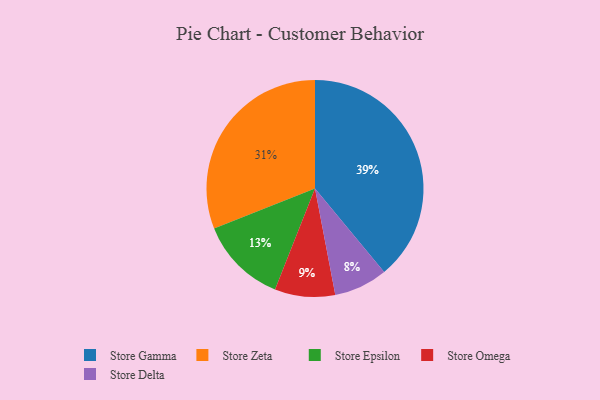
{"axis": {"x": "Category", "y": "Percentage"}, "legend": ["Store Delta", "Store Epsilon", "Store Gamma", "Store Omega", "Store Zeta"], "data": [{"x": "Store Epsilon", "y": 13, "type": "Store Epsilon"}, {"x": "Store Delta", "y": 8, "type": "Store Delta"}, {"x": "Store Gamma", "y": 39, "type": "Store Gamma"}, {"x": "Store Omega", "y": 9, "type": "Store Omega"}, {"x": "Store Zeta", "y": 31, "type": "Store Zeta"}]}